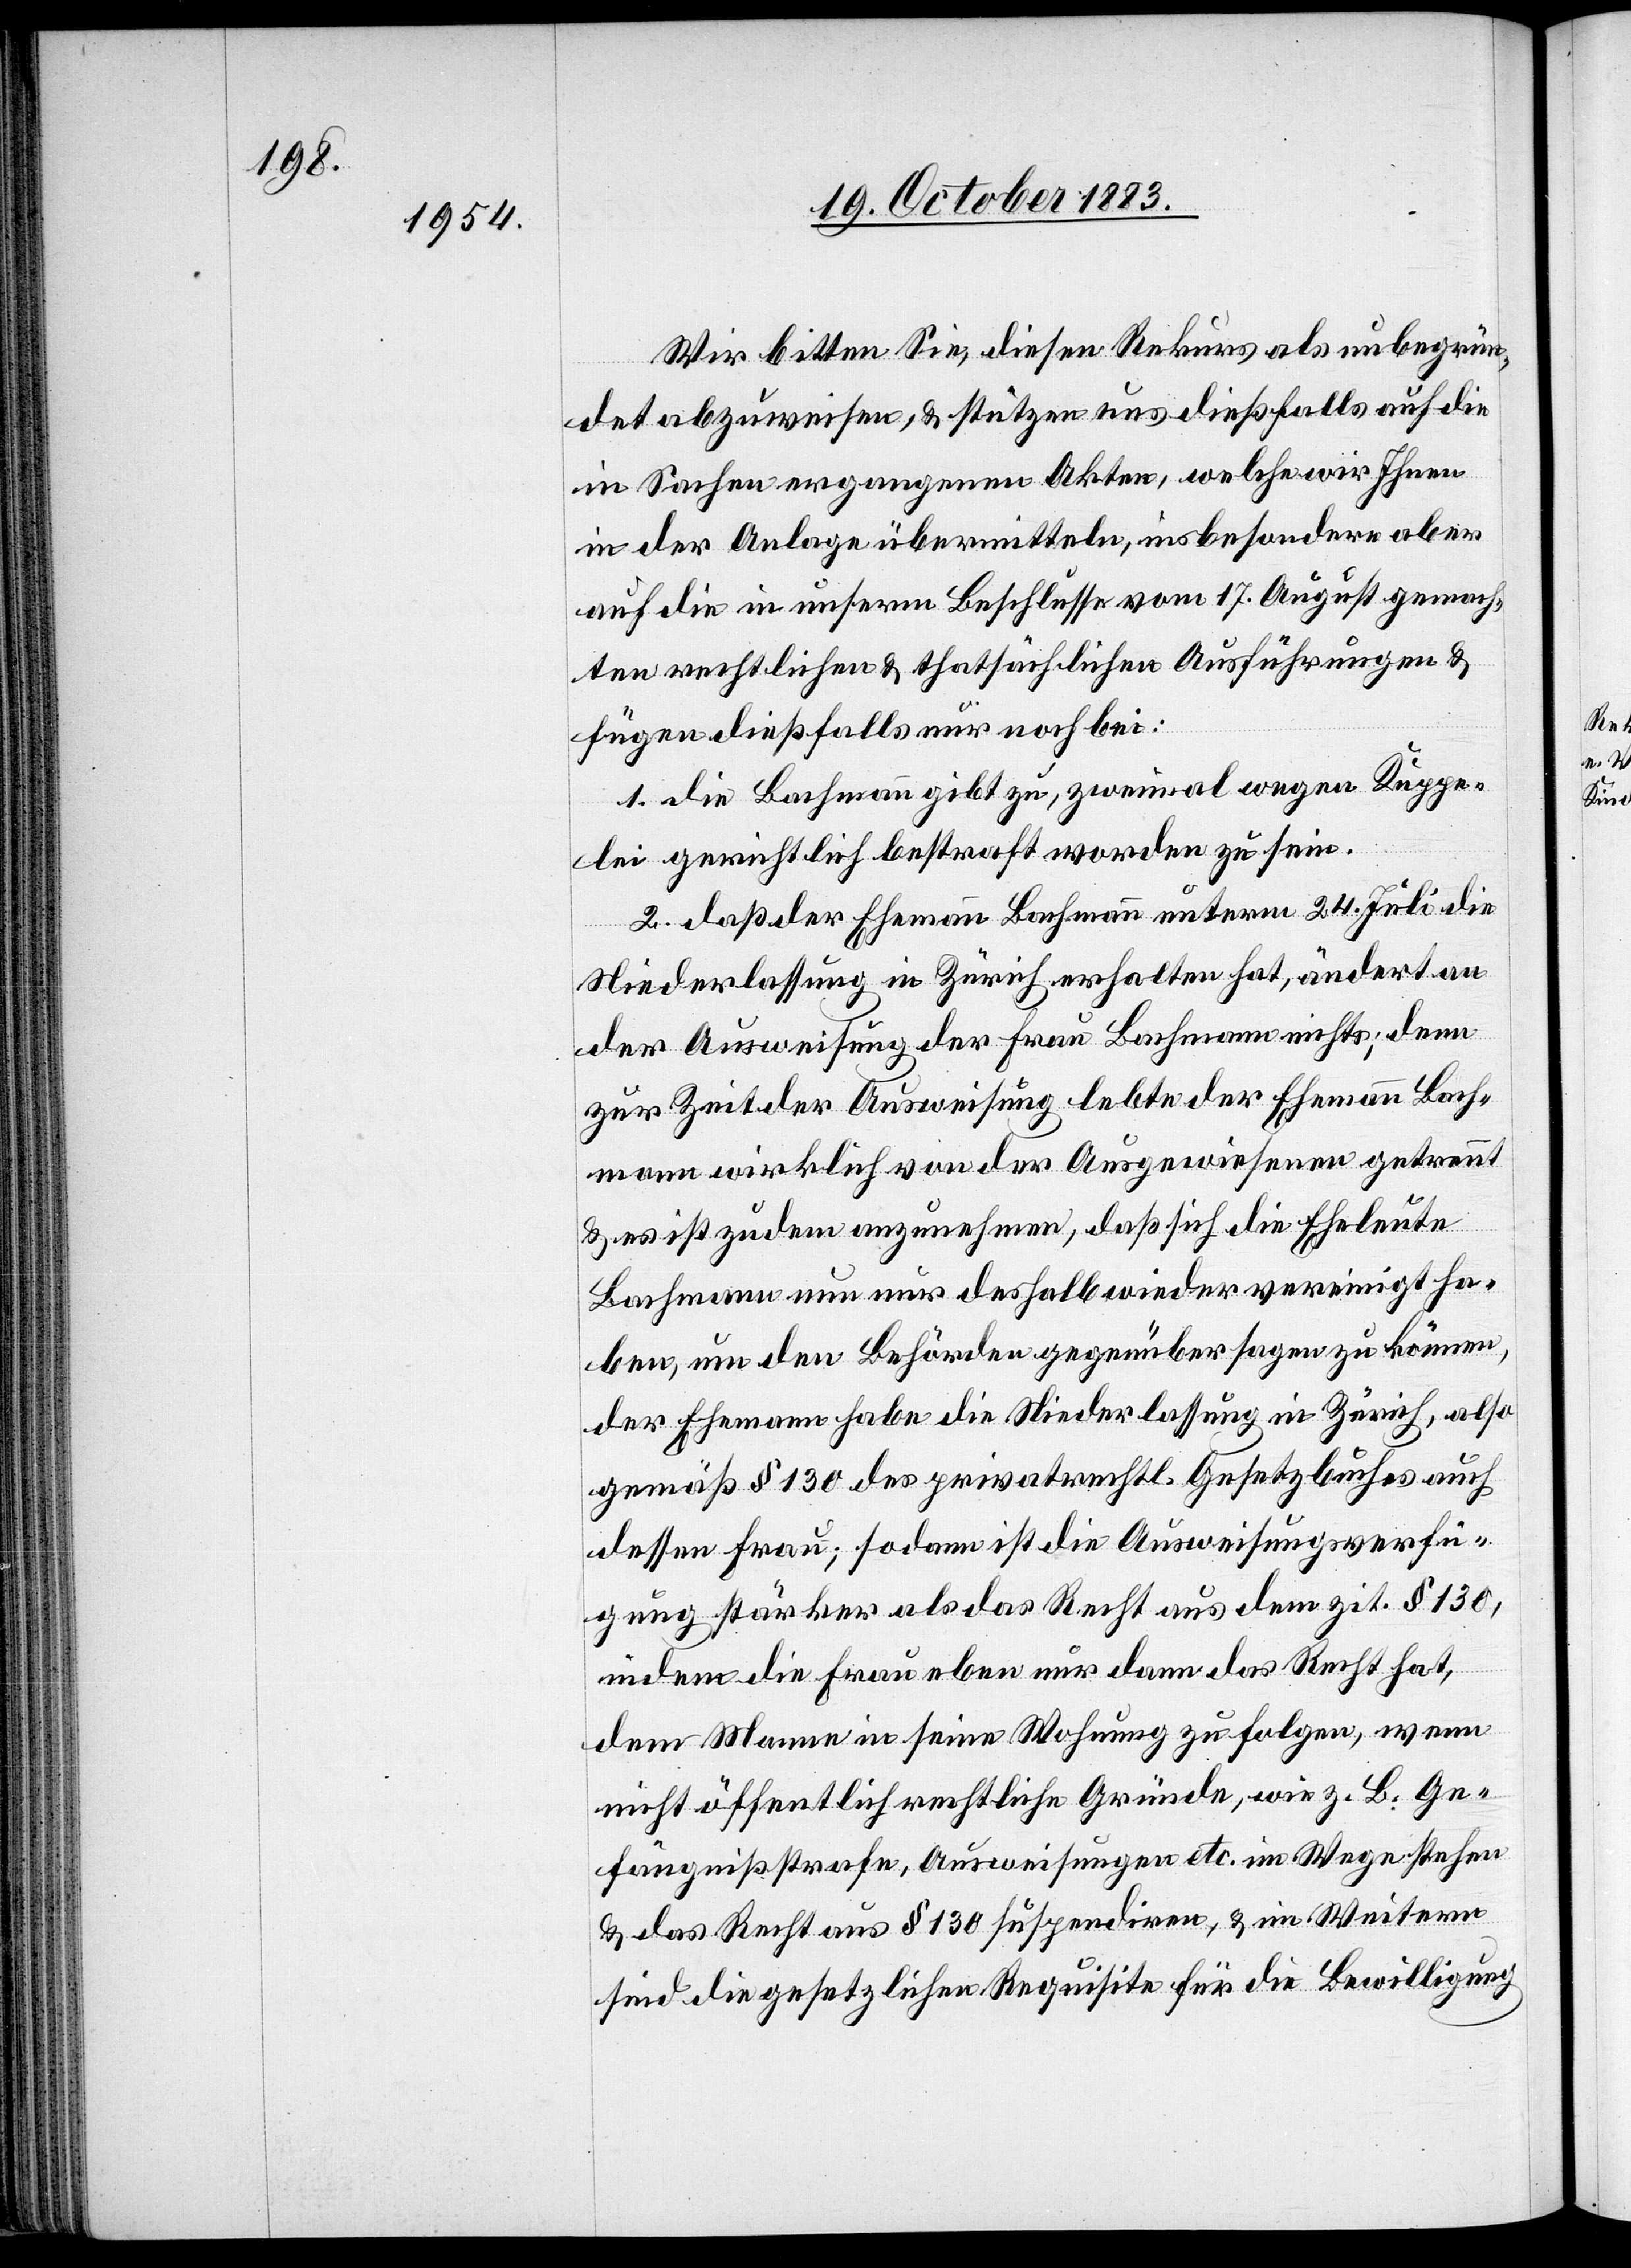
Wir bitten Sie, diesen Rekurs als unbegrün¬
det abzuweisen, & stützten uns dießfalls auf die
in Sachen ergangenen Akten, welche wir Ihnen
in der Anlage übermitteln, insbesondere aber
auf die in unserm Beschlusse vom 17. August gemach¬
ten rechtlichen & thatsächlichen Ausführungen &
fügen dießfalls nur noch bei:
1. die Bachmann gibt zu, zweimal wegen Kuppe¬
lei gerichtlich bestraft worden zu sein.
2. daß der Ehemann Bachmann unterm 24. Juli die
Niederlassung in Zürich erhalten hat, ändert an
der Ausweisung der Frau Bachmann nichts; denn
zur Zeit der Ausweisung lebte der Ehemann Bach¬
mann wirklich von der Ausgewiesenen getrennt
&, es ist zudem anzunehmen, daß sich die Eheleute
Bachmann nun nur deshalb wieder vereinigt ha¬
ben, um den Behörden gegenüber sagen zu können,
der Ehemann habe die Niederlassung in Zürich, also
gemäß § 130 des privatrechtl. Gesetzbuches auch
dessen Frau; sodann ist die Ausweisungsverfü¬
gung stärker als das Recht aus dem zit. § 130,
indem die Frau eben nur dann das Recht hat,
dem Manne in seine Wohnung zu folgen, wenn
nicht öffentlich rechtliche Gründe, wie z. B. Ge¬
fängnißstrafe, Ausweisungen etc. im Wege stehen
& das Recht aus § 130 suspendiren, & im Weitern
sind die gesetzlichen Requisite für die Bewilligung